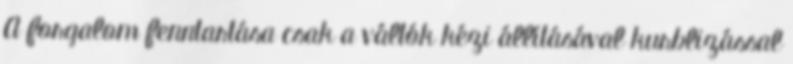
A forgalom fenntartása csak a váltók kézi állításával kurblizással